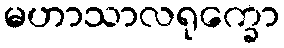
မဟာသာလရုက္ခော